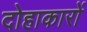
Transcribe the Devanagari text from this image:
दोहाकारों